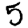
Digit: 5